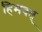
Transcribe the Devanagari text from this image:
हिमवत्‌